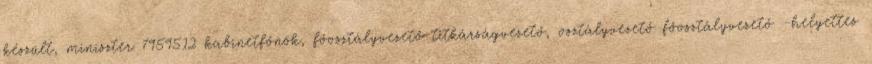
készült, miniszter 7959512 kabinetfőnök, főosztályvezető titkárságvezető, osztályvezető főosztályvezető -helyettes